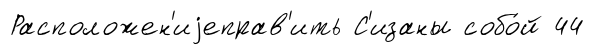
Расположен'иjеправ'ить С'изаны собо́й 44